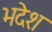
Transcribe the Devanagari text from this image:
भदेश